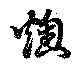
燠